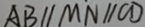
A B / / M N / / C D